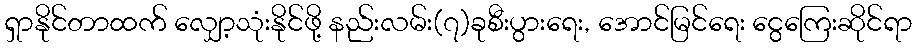
ရှာနိုင်တာထက် လျှော့သုံးနိုင်ဖို့ နည်းလမ်း(၇)ခုစီးပွားရေး, အောင်မြင်ရေး ငွေကြေးဆိုင်ရာ